Bréfritari: Benedikt Hálfdanarson
Dagsetning: A-1895-03-27
Skrifað á: Vesturheimi

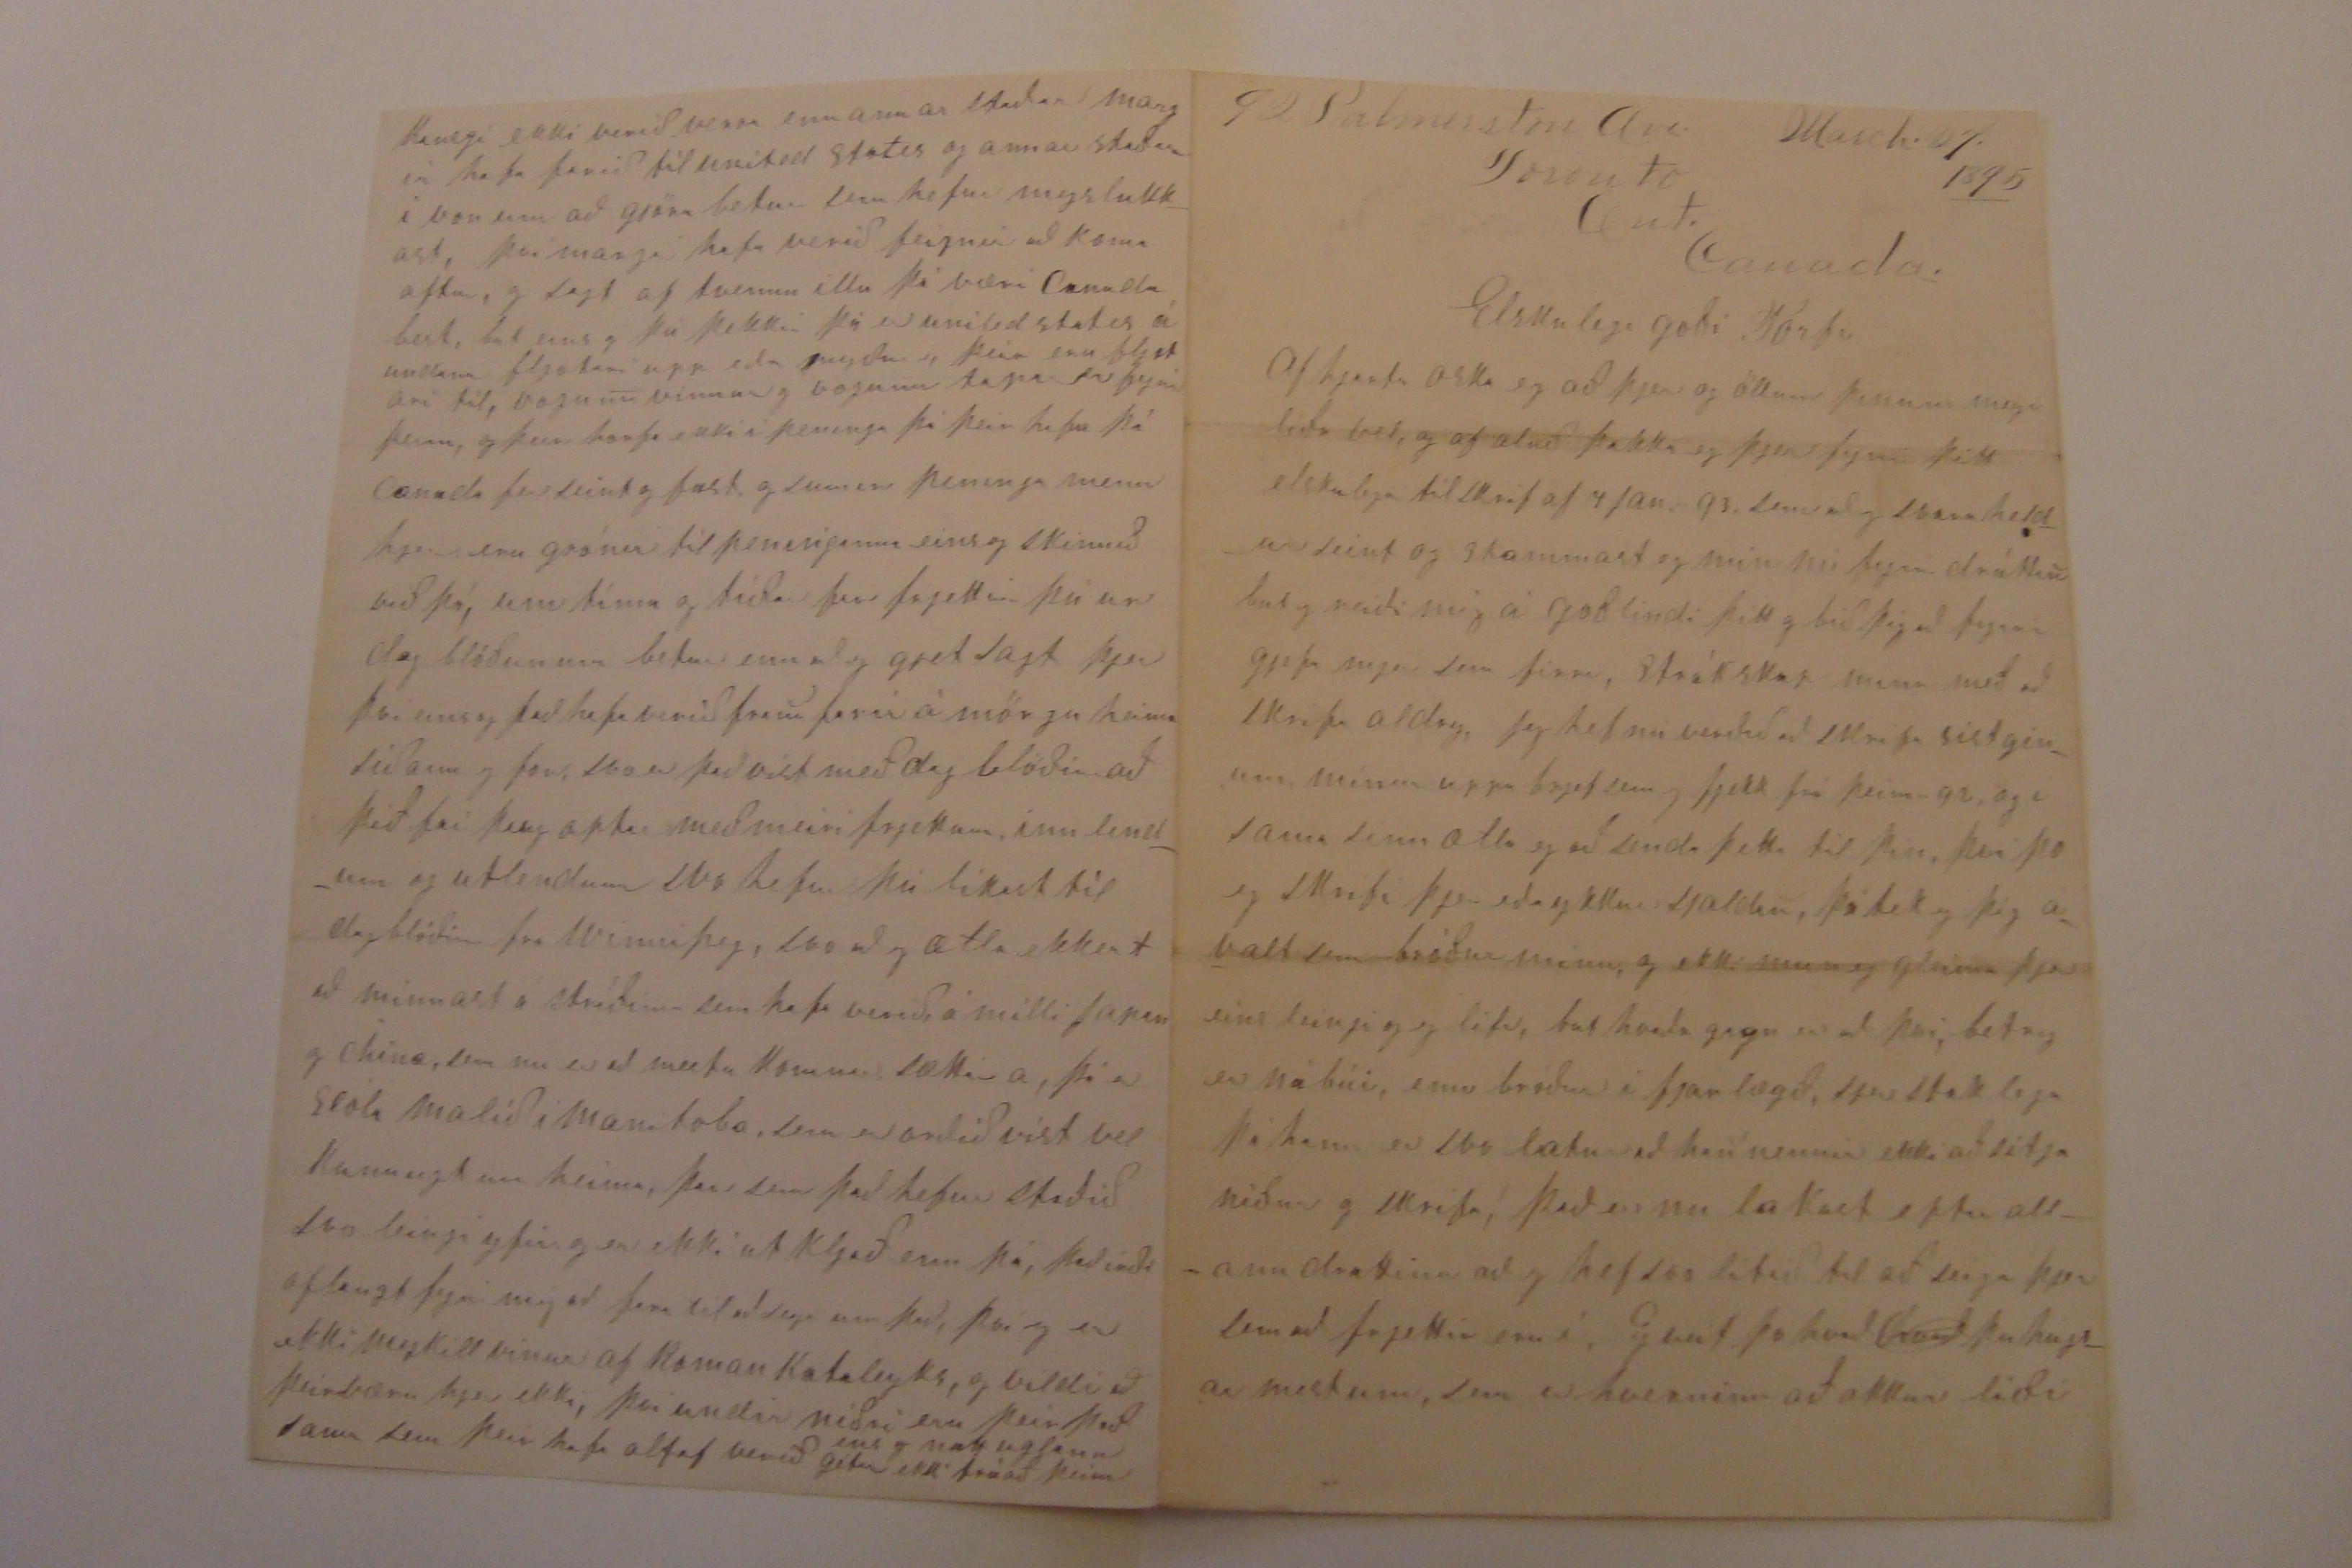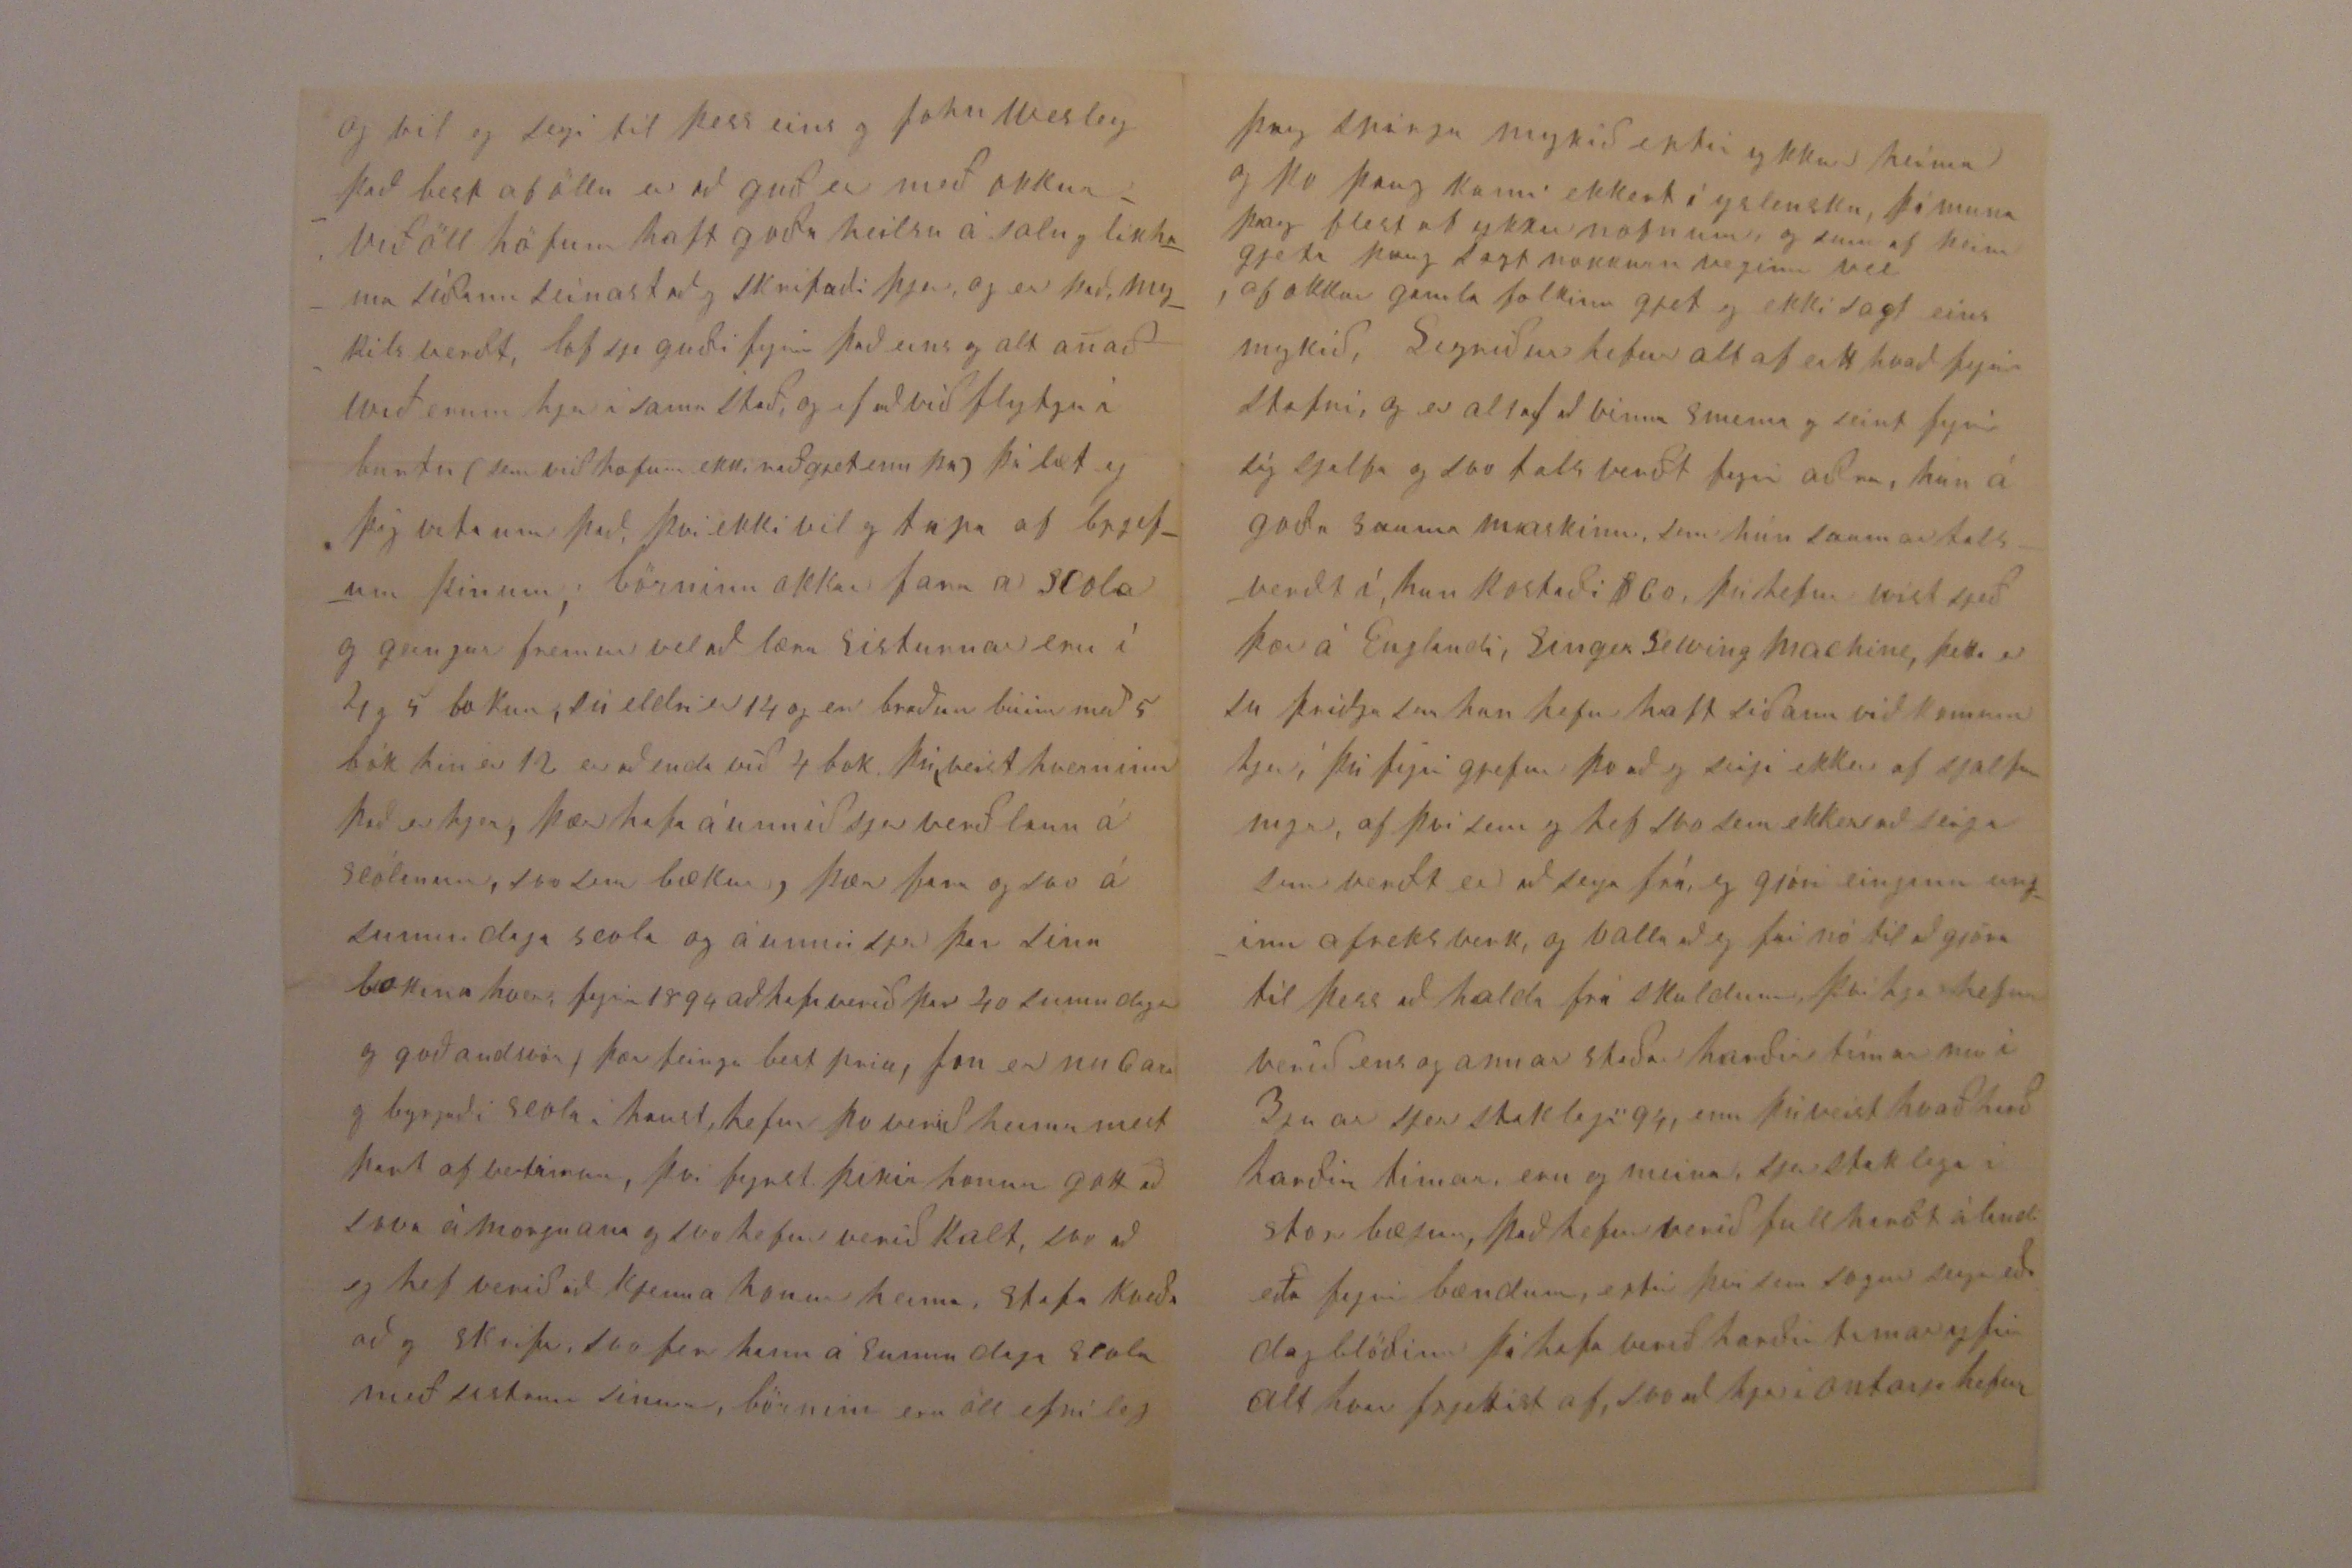

92
Palmerstm
Ave. Toronto Ont. Canada.
March 27 1895
Elskulegi goði Torfi
Af hjarta oska eg að þjer og öllum þínum meigi líða vel, og af aluð þakka eg þjer fyrir þitt elskulega tilskrif af 7 Jan. 93 sem að eg svara heldur seint og skammast eg mín nú fyrir dráttin but eg reiði mig á goðlindi þitt og bið þig að fyrir gjefa mjer sem firr, Stráksap minn með að skrifa aldrey, Jeg hef nú verðið að skrifa sistginum mínum uppa brjef sem eg fjekk frá þeim 92 og í sama tíma ætla eg að senda þetta til þín, því þo eg skrifi þjer eða ykkur sjaldan, þá tek eg þig ávalt sem bróður minn, og ekki mun eg gleima þjer eins leingi og eg lifi, but hvaða gang er að því,
betry
er nábúi enn bróðir í fjarlægð, sjerstaklega þá hann er svo latur að han nennir ekki að sitja niður og skrifa, það er nu lakast eptir allann drattinn að eg hef svo lítið til að seiga þjer sem að frjettir eru í, Eg veit þo hvað
hvað
þu hugsar mest um, sem er hverninn að okkur líði
og vil eg seigi til þess eins og John Wesley það best af öllu er að guð er með okkur við öll höfum haft goða heilsu á salu og líkhama síðann seinast að eg skrifaði þjer, og er það mykils verdt, lof sje guði fyrir það eins og alt anað wið erum hjer á sama stað og ef að við flytju á burtu (sem við hofum ekki ráðgjet enn þá) þá læt eg þig vita um það, því ekki vil eg tapa af brjefum þínum, börninn okkar fara a scola og geingur fremur vel að læra sisturnar eru í 4 og 5
bækur
, sú eldri er 14 og er braðum búin með 5 bók hin er 12 er að enda nú 4 bok þú veist hverninn það er hjer, þær hafa áunnið sjer verðlaun á scólanum, sem sem bækur, þær fara og svo á sunnudagasscola og áunnu sjer þar sína bokina hvor, fyrir 1894 að hafa verið þar 40 sunnudaga og goð andsvör, þær feingu best price, Jon er nu 6 ara og byrjaði scola í haust, hefur þo verið heima mest part af vetrinum, því fyrst þikir honum gott að sova á morgnana og svo hefur verið kalt, svo að eg hef verið að kjenna honum heima, stafa kveða að og skrifa, svo fer hann á sunnudaga scola með sistrum sínum, börnin eru öll efnileg
þaug spirja mykið eptir ykkur heima og þo þaug kunni ekkert í yslensku, þá muna þaug flest af ykkar nofnum og sum af þeim gjeta þaug sagt nokkurn veginn vel af okkur gamla folkinu gjet eg ekki sagt eins mykið, Sigríður hefur alt af eitthvað fyrir stafni, og er altaf að vinna senma og seint fyrir sig sjalfa og svo talsverdt fyrir aðra, hún á goða sauma maskinu sem hún saumar talsverdt á, hun kostaði $ 60, þú hefur víst sjeð þær á Englandi, Singer Sewing Machine, þetta er su þriðja sem hun hefur haft síðann við komum hjer, þú fyrir gjefur þo að eg seigi ekkert af sjalfum mjer, af því sem eg hef svo sem ekkert að seiga sem verdt er að seiga frá, og gjöri einginn
unginn
afreksverk, og valla að eg fai nó til að gjöra til þess að halda frá skuldum, því hjer hefur verið ens og annar staðar harðir tímar nu í 3ju ár sjer staklega 94, enn þú veist hvað hvað harðir tímar eru og meira, sjerstaklega í stor bæjum, það hefur verið full hardt á landi eða fyrir bændum, eptir því sem sogur seiga eða dagblöðinn þá hafa verið harðir tímar og
því
alt hver frjettist af, svo að hjer í ontarjo hefur
kansgi ekki verið verra enn annar staðar margir hafa farið til united states og annar staðar í von um að gjöra betur sem hefur myslukkast, því margir hafa verið feignir að koma aptur, og sagt af tvennu illu þá væri Canada best, but eins og þú þekkir þá er united states á undan fljotari upp eða nyður, þeir eru fljotari til, vogunn vinnur og vogunn tapar er fyrir þeim, og þeir horfa ekki á peninga þá þeir hafa þá Canada fer seint og fast og sumir peninga menn hjer eru grónir til peninganna eins og skinnið við þá, um tíma og tíðar far frjettir þú ur dagblöðunum betur enn að eg gjet sagt þjer því eins og það hafa verið fram farir á mörgu heima síðann eg for, svo er það víst með dagblöðin að þið fái þaug optar með meiri frjettum innlendum og utlendum svo hefur þú líkast til dagblöðin frá Winnipeg, svo að eg ætla ekkert að minnast á stríðinn sem hafa verið á milli Japan og China, sem nu er að mestu komnar sættir á, þá er scóla málið í Manitoba, sem er orðið víst vel kunnugt um heim, þar sem það hefur staðið svo leingi yfir og er ekki utkljað enn þá, það irði of langt fyrir mig að fara til að seiga um það, því eg er ekki mykill vinur af Roman
Katolegks
, og vildi að þeir væru hjer ekki, því undir niðri eru þeir það sama sem þeir hafa altaf verið
ens og natt uglann
gétur ekki trúað þeim
It takes nearly 1/2 million dollars to run the public school 1895
Toronto hefur um 90 000 innbúa er
orðlögð
fyrir Kirkur, Scóla og sunnudaga hald, ferða menn seiga að sje sá besti bær í veroldinni, þo komu hjer fyrir mörg
Skálka
brögð og illverk sem ekki voru heima Hjer hafa verið talsverðir
brunar
síðann þetta ár byrjaði 3ir af þeim voru storar byggingar, skaðinn álitinn því nær 3.000.000 það er mykið af því innsúrað og tilheira stórum fjelögum svo að skaðinn er ekki svo til finnanlegur enn gjefur talsverða vinnu næsta sumar, því það verður alt bygt upp aptur, hjer var gott veður og snjolaust til Nyárs eptir það for að verða kalt sjer staka með February sem kom með snjo og frost 20 til 30 below zero, það verður hjelst í viku, síðann hefur verið gott vetrar veður mest part stillur og heiðbjart og nu er snjor að mestu leiti farinn og menn fara bráðum að kvarta um hita wið borgum hjer $ 7 húsaleigu á manuði, brenum í vetur 3 1/2 tons of coal
$ 17,50
1 cord wood $ 3 Jeg man nú ekki eptir fleiru í þetta sinn, enn vil nú feiginn bæta rað mitt og duga ekki svo
lengi að skrifa næst því og finn að það er ekki gott, Jeg er nú rjett búinn að gleima að þakka þjer fyrir mindina sem að nu sendir okkur síðast og okkur þotti svo vænt um og er svo til þjer og þá eg er orðinn ríkur þá ætla eg að lata taka oðru eptir henni því han er svo vel tekinn, hjer eru 2 yslendingar fyrir utann okkur anar fra suðurlandi enn hinn úr Húnavatnssyslu einhleypur maður vel efnaður hann á fátækann bróður heima, sem hann sendir heim $ 15 á hverju ári, jeg verð að lesa og skrifa fyrir hann, þar sem hann gjetur hverky lesið eða skrifað yslensku, og þa eg kom hjer þá var han því nærri búinn að gleima að tala yslensku og folk hans hielt hann laungu dauðan fyrst þá eg skrifaði fyrir hann heim hann er frændi og vinur Guðmundar á Æsustöðum er nú haffpart að rað gjora fara heim hvað af því verður veit eg ekki, eg vona nú að ykk líði vel og hafi haft goðann vetur og nó hey goð skjepnu höld mykla mjolk og annað gott til að lifa á, að þið mættuð hafa goða verslun og við skypti við aðra
Sigríður biður ósköp vel að heilsa þjer Guðlaugu og öllum börnunum oskar til guðs að ykkur öllum mætti líða uppá það besta, hun biður þig að seiga sjer frá öllu sínu folki móður og sistginum af því sem hun hefur ekkert frjett af þeim svo leingi, hun biður mig að seiga þjer af því sem hun skrifar svo sjaldann, þá sje hun
þo
þá sje hun því nærri buinn að tína því niður og svo er eg latur að skrifa eins og þu veist, börnin okkar biðja að heilsa þínum bornum, eg bið að heilsa öllum þínum ást fólknum og oska til guðs að þjer og þínum meij ávalt bíða betur enn eg kann um að biðja, þinn einlægur vin og kunningi
B. Halfdanarson
ES. jeg vil seigja þjer að eg byrjaði við
vinnu
rjett nuna áður
en að
sendi þetta á stað svo að jeg hefði att að skrifa þjer firri eins og Sigríður hefur verið að seiga mjer að skrifa aullum sem eg var í skuld við, og vil eg nú lata það verða mjer að goðry kjenningu hjer eptir Sigríð og börnin biðja að túlka ykkur og er þinn einlægur vin og kunningi
B. Halfdanarson